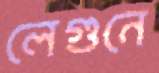
লেগুনে